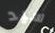
سيد